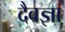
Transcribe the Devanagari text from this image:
दैवज्ञा